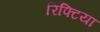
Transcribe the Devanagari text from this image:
रिफ्टिया